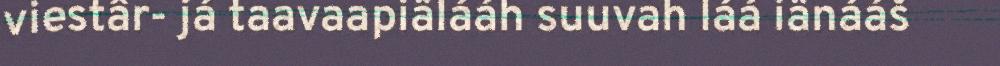
viestâr- já taavaapiälááh suuvah láá iänááš